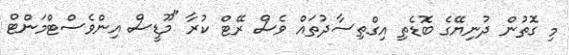
މި ގޮތުން ދުނިޔޭގެ ބޮޑެތި އިގްތިސާދުތައް ވެސް ރޭޓް ކުރާ "މޫޑީސް އިންވެސްޓްމަންޓް